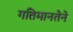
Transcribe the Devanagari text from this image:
गतिमानतेने